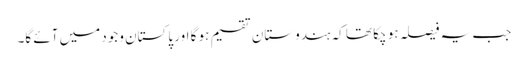
جب یہ فیصلہ ہو چکا تھا کہ ہندوستان تقسیم ہو گا اور پاکستان وجود میں آئے گا۔